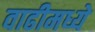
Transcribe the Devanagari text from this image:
वाढीमध्ये